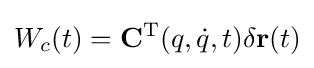
W_{c}(t)=\mathbf {C} ^{\mathrm {T} }(q,{\dot {q}},t)\delta \mathbf {r} (t)